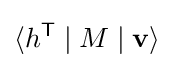
\langle h^{\mathsf {T}}\mid M\mid \mathbf {v} \rangle